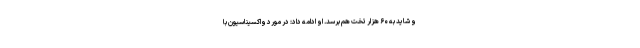
و شاید به ۶۰ هزار تخت هم برسد. او ادامه داد: در مورد واکسیناسیون با